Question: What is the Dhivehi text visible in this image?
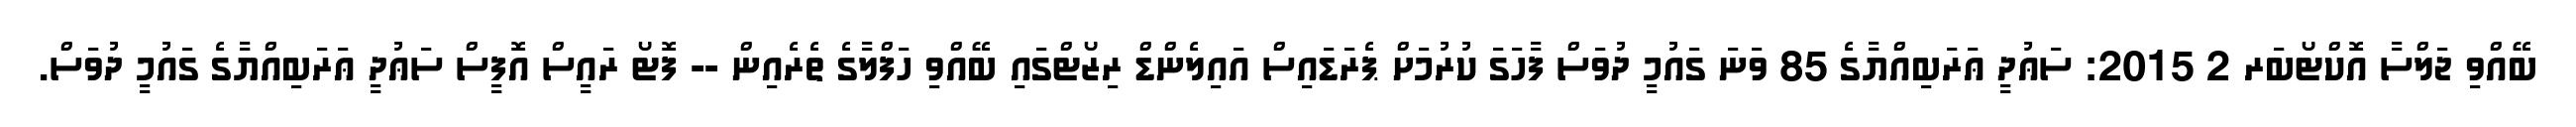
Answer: ބޭއްވި ޖަލްސާ އޮކްޓޯބަރ 2 2015: ސަޢުދީ ޢަރަބިއްޔާގެ 85 ވަނަ ގައުމީ ދުވަސް ފާހަގަ ކުރުމަށް ޕެރަޑައިސް އައިލެންޑް ރިޒޯޓްގައި ބޭއްވި ހަފްލާގެ ތެރެއިން -- ފޮޓޯ ރައީސް އޮފީސް ސަޢުދީ ޢަރަބިއްޔާގެ ގައުމީ ދުވަސް.